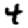
Digit: 4